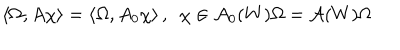
\left\langle \Omega , A \chi \right\rangle = \left\langle \Omega , A _ { 0 } \chi \right\rangle , \, \, \, \chi \in \mathcal { A } _ { 0 } ( W ) \Omega = \mathcal { A } ( W ) \Omega